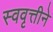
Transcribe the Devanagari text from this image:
स्ववृत्तीने